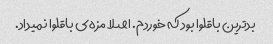
بدترین باقلوا بود که خوردم. اصلا مزه‌ی باقلوا نمیداد.